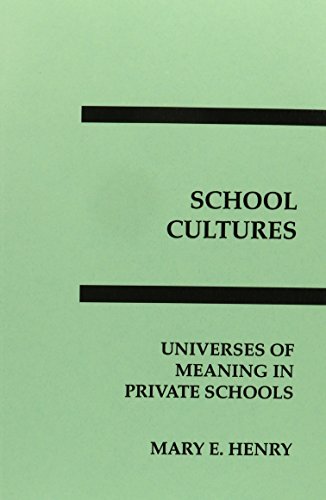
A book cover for School Cultures: Universes of Meaning in Private Schools (Interpretive Perspectives on Education and Policy); Mary E. Henry; Test Preparation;